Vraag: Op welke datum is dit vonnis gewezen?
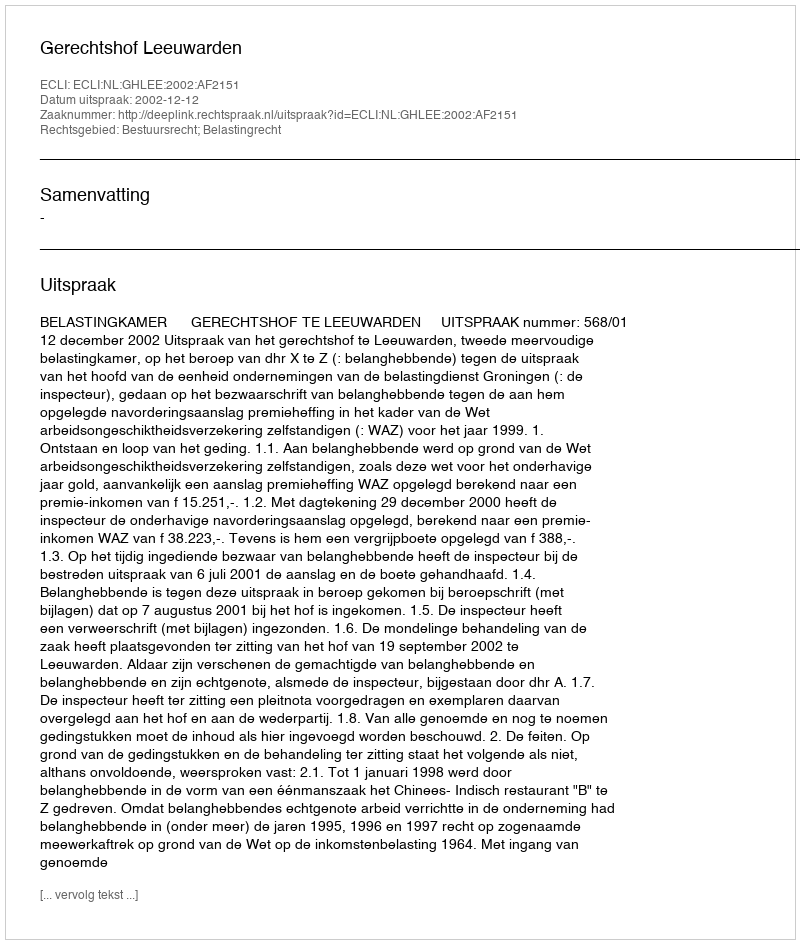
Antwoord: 2002-12-12